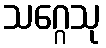
သဂ္ဂေသု